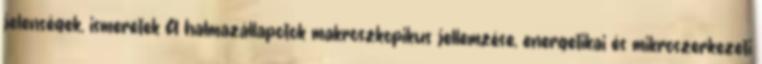
jelenségek, ismeretek A halmazállapotok makroszkopikus jellemzése, energetikai és mikroszerkezeti